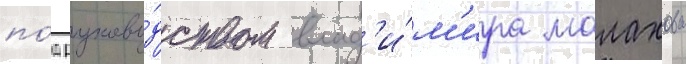
по́д руково́дством влад'и́м'ира малахова